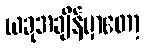
ယခုအချိန်မှာတော့